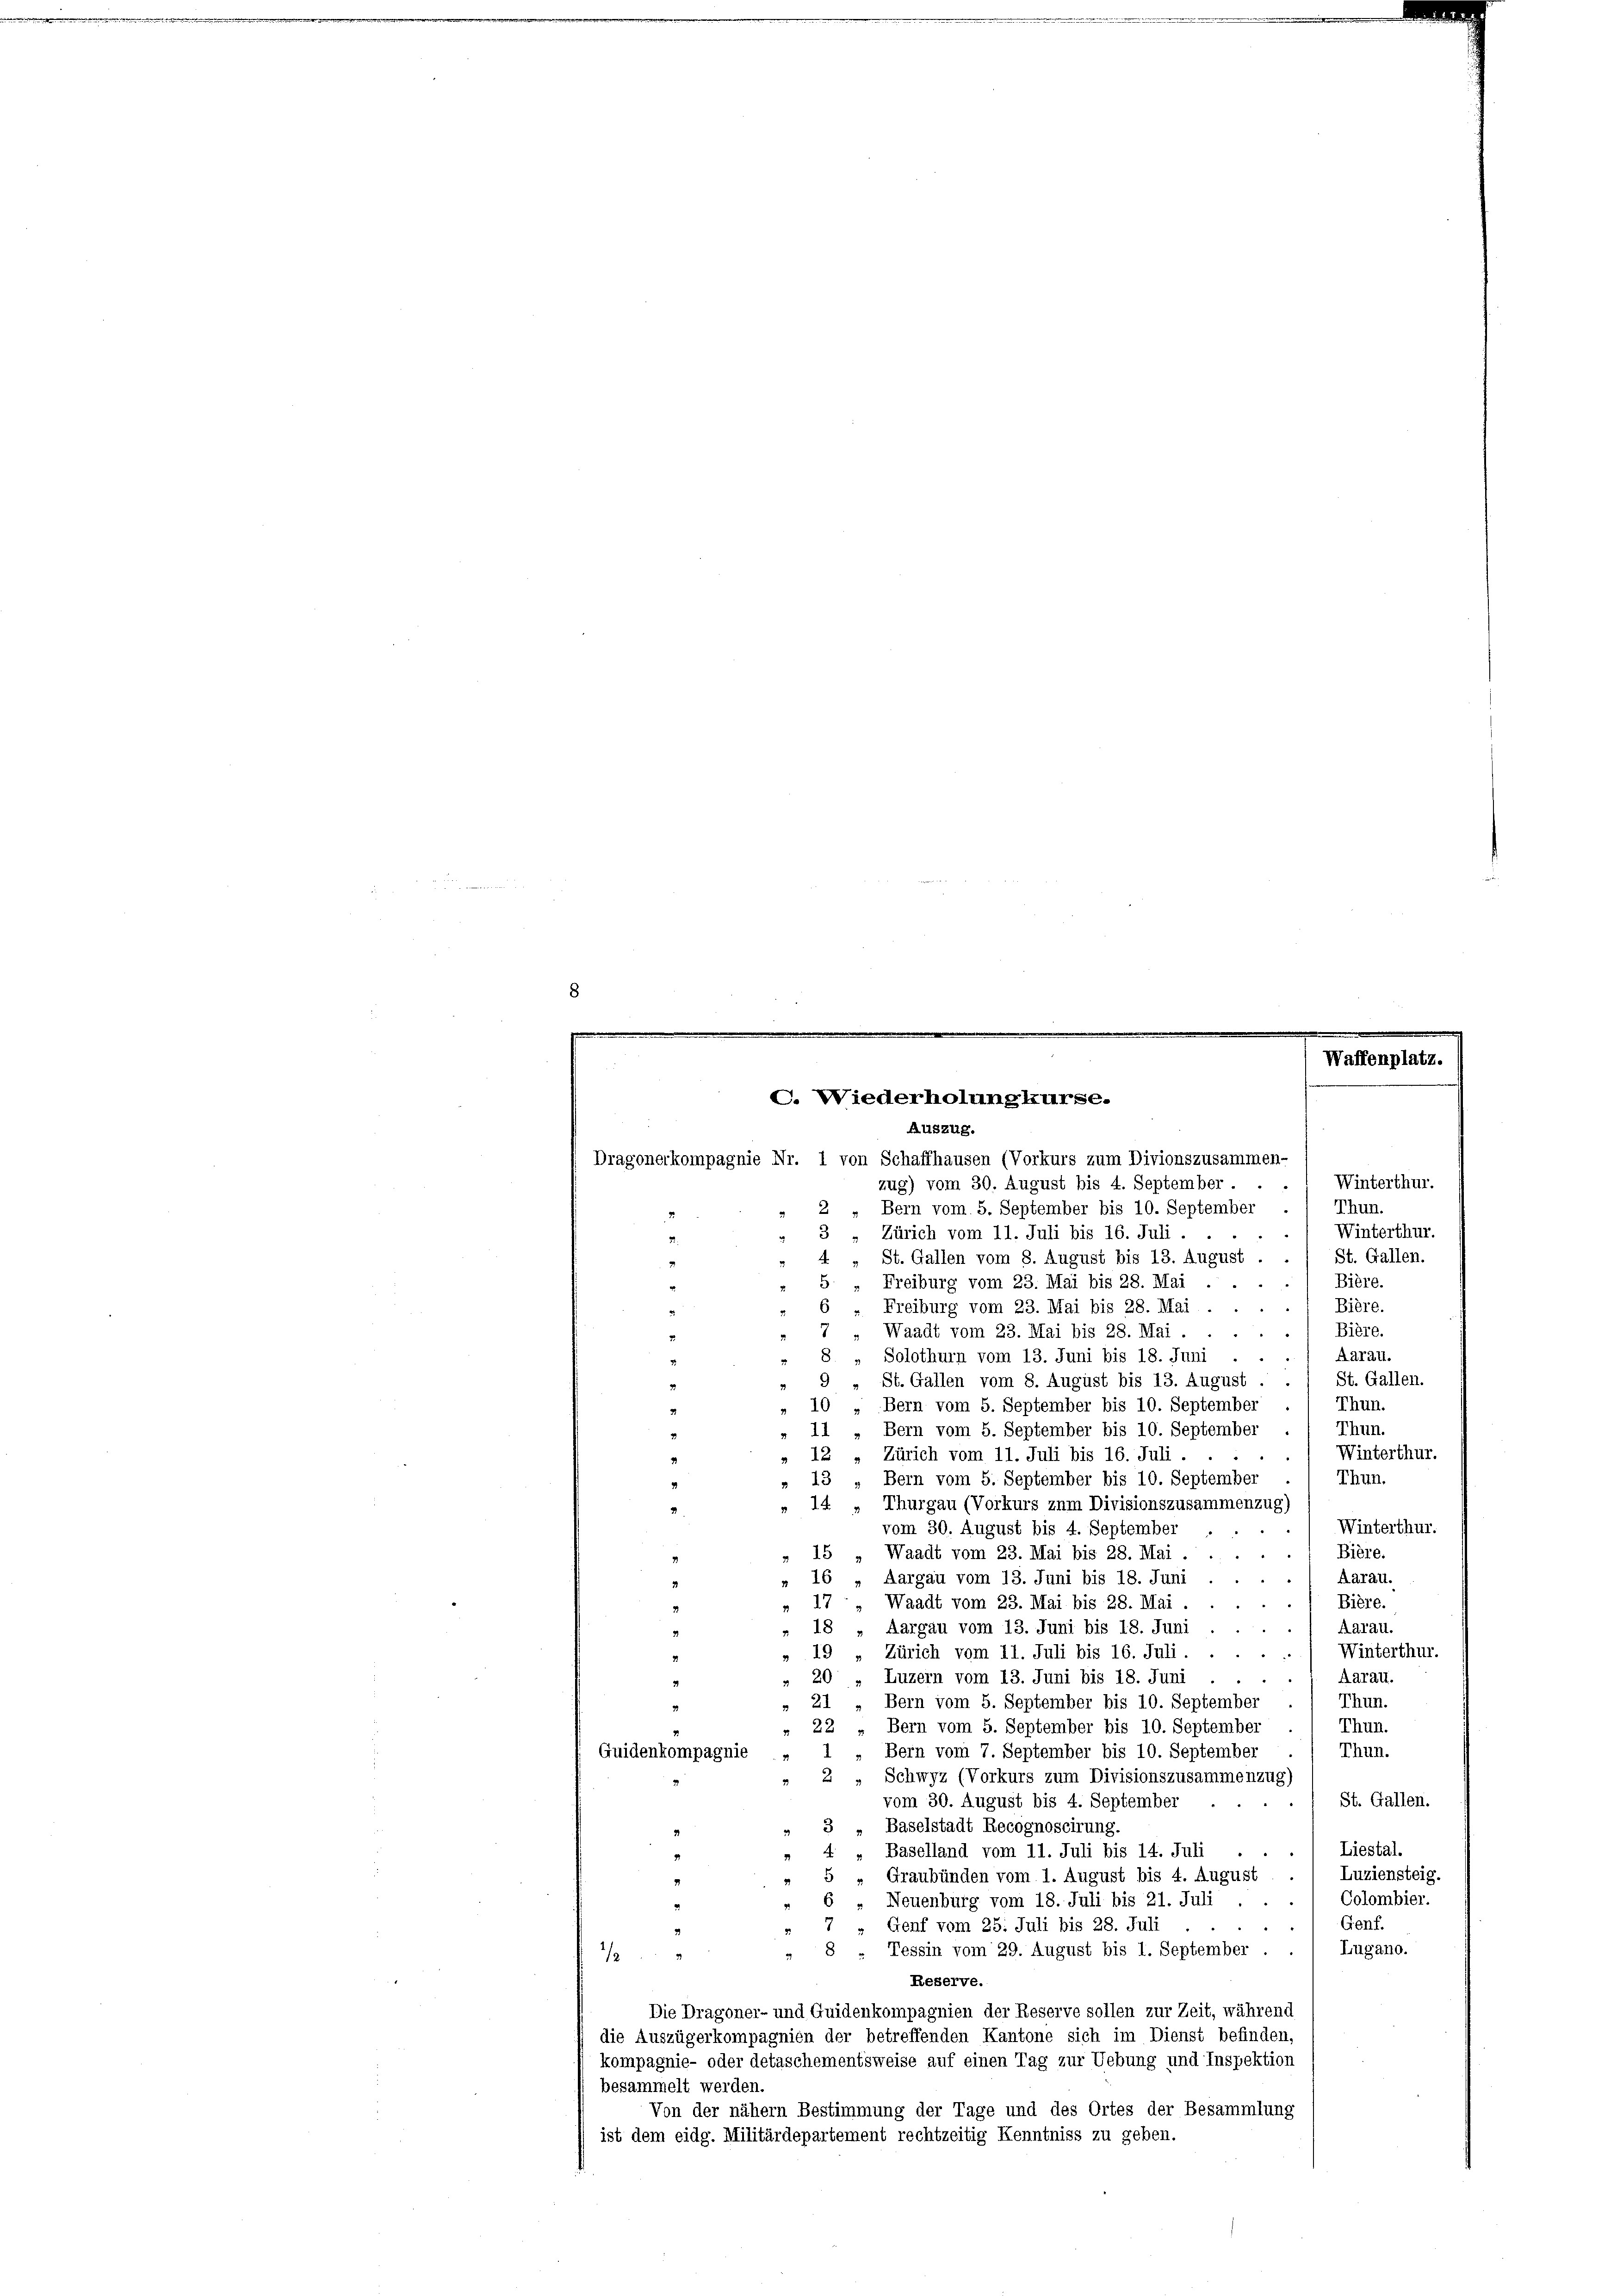
Dragonerkompagnie Nr. 1 von Schaffhausen (Vorkurs zum Divionszusammen-
Winterthur.
zug) vom 30. August bis 4. September.
Thun.
Bern vom 5. September bis 10. September
2
Winterthur.
3
Zürich vom 11. Juli bis 16. Juli.
4 „ St. Gallen vom 8. August bis 13. August . . / St. Gallen.
Bière.
Freiburg vom 23. Mai bis 28. Mai
5.
Bière.
Freiburg vom 23. Mai bis 28. Mai
Bière.
Waadt vom 23. Mai bis 28. Mai.
8
Aarau.
Solothurn vom 13. Juni bis 18. Juni
St. Gallen.
9 „ St. Gallen vom 8. August bis 13. August .
10 „Bern vom 5. September bis 10. September . ( Thun.
Thun.
11 „Bern vom 5. September bis 10. September
Winterthur.
Zürich vom 11. Juli bis 16. Juli ....
12
Thun.
Bern vom 5. September bis 10. September
13
Thurgau (Vorkurs zum Divisionszusammenzug)
Winterthur.
vom 30. August bis 4. September
Bière.
Waadt vom 23. Mai bis 28. Mai.
16 „Aargau vom 13. Juni bis 18. Juni
Aarau.
Bière.
17. Waadt vom 23. Mai bis 28. Mai.
Aarau.
18 „Aargau vom 13. Juni bis 18. Juni
Winterthur.
Zürich vom 11. Juli bis 16. Juli.
19
) Aarau.
Luzern vom 13. Juni bis 18. Juni
20
Thun.
Bern vom 5. September bis 10. September
21
Thun.
22 „Bern vom 5. September bis 10. September
Bern vom 7. September bis 10. September.
Thun.
1
Guiden kompagnie
Schwyz (Vorkurs zum Divisionszusammenzug)
2
St. Gallen.
vom 30. August bis 4. September
3 „Baselstadt Recognoscirung.
. Liestal.
4 " Baselland vom 11. Juli bis 14. Juli
Luziensteig.
5 „Graubünden vom 1. August bis 4. August
Colombier.
Neuenburg vom 18. Juli bis 21. Juli
Genf.
7 " Genf vom 25. Juli bis 28. Juli
Lugano.
Tessin vom 29. August bis 1. September
8
/
Reserve.
Die Dragoner- und Guidenkompagnien der Reserve sollen zur Zeit, während
die Auszügerkompagnien der betreffenden Kantone sich im Dienst befinden
kompagnie- oder detaschementsweise auf einen Tag zur Uebung und Inspektion
besammelt werden.
Von der nähern Bestimmung der Tage und des Ortes der Besammlung
ist dem eidg. Militärdepartement rechtzeitig Kenntniss zu geben.

C. Wiederholung kurse.
Auszug.

Waffenplatz.